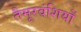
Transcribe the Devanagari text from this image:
तैमूरवंशियों